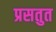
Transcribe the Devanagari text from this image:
प्रसतुत